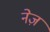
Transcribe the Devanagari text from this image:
नेज़